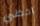
احظي